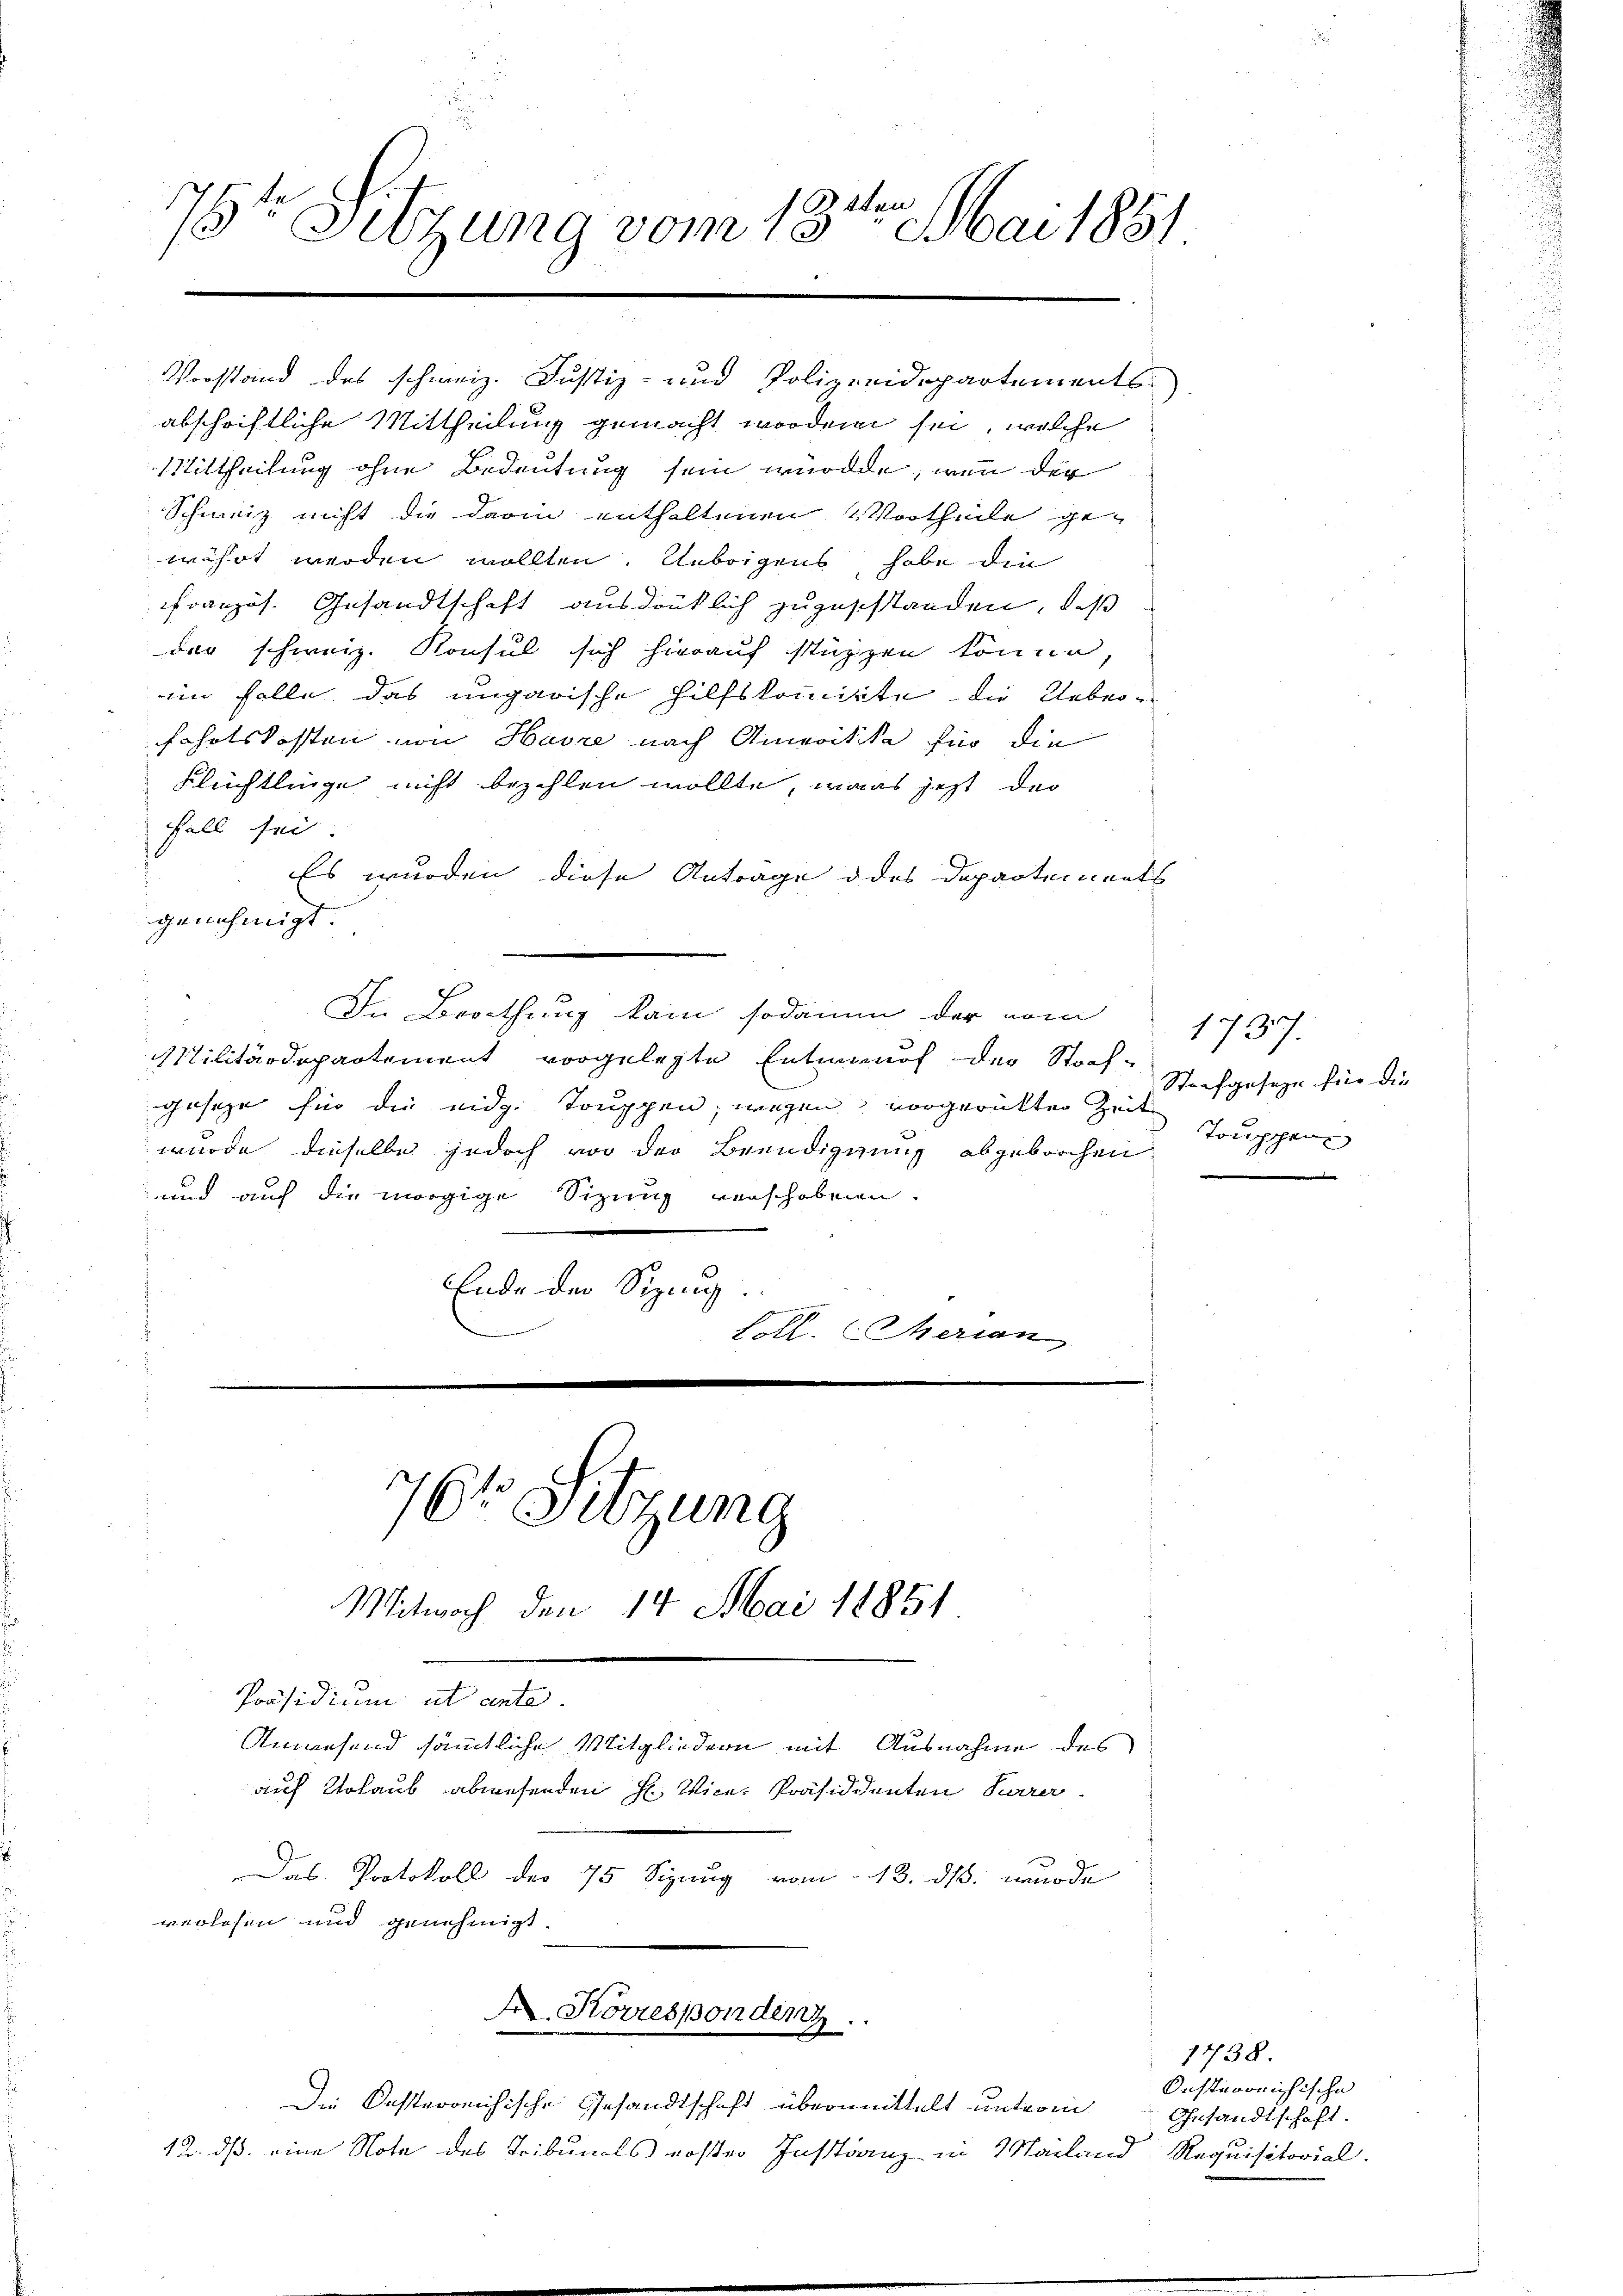
ten
74
Szung vom 13. Mai 1851.
t
1.

Vorstand des schweiz. Justiz- und Polizeidepartements

abschriftliche Mittheilung gemacht worden sei, welche
Mittheilung ohne Bedeutung sein würde, wenn der
Schweiz nicht die darin enthaltenen Vortheile gewährt werden wollten. Uebrigens habe die
französ. Gesandtschaft ausdrüklich zuzuschtanden, daß
der schweiz. Konsul sich hierauf stürzen könne,
in Folle, das ungarische Hilfskommisite die Ueberfahrtskosten von Havre nach Ameritike für die
Flüchtlinge nicht bezahlen wollte, maas jetzt der
fall sei.
Es wurden diese Anträge des Departements
genehmigt
In Brathung kam sodann der vom
Militärdepartement vorgelegte Entwand der Stoch-
gesetze für die eidg. Truppen, wegen vorgerückter Zeit
wurde dieselbe jedoch vor der Beendigung abgebrochen.
und auf die morgige Sitzung verschobenen.
Ende der Sizig.
s
e
Loll. Merian

Das Protokoll der 75 Sigung vom 13. ds. wurde
verlesen und genehmigt.

70te Sitzung
Mitwoch den 14. Mai 18851
Präsidium a
Anwesend sämmtliche Mitgliedern mit Ausnahme des
auf Urlaub abwesenden H. Vice-Präsiddenten Parer

A. Storrespondenz
Die Kasterreichische Gesandtschaft übermittelt unterm

12. ds. eine Note des Tribunals erster Instanz in Mailand Requisitorial.

1737.
Strafgeseze für die
Touppen

1738.
Onsterreichische
Gesandtschaft.